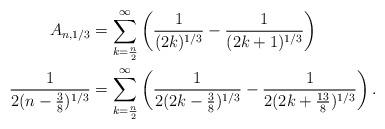
LaTeX: \begin{align*} A_{n,1/3} & = \sum_{k=\frac{n}{2}}^{\infty} \left( \frac{1}{(2k)^{1/3}} - \frac{1}{(2k+1)^{1/3}} \right) \ \\ \frac{1}{2(n-\frac{3}{8})^{1/3}} & = \sum_{k=\frac{n}{2}}^{\infty} \left( \frac{1}{2(2k-\frac{3}{8})^{1/3}} - \frac{1}{2(2k+\frac{13}{8})^{1/3}} \right).\end{align*}